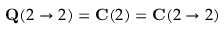
\mathbf { Q } ( 2 \to 2 ) = \mathbf { C } ( 2 ) = \mathbf { C } ( 2 \to 2 )